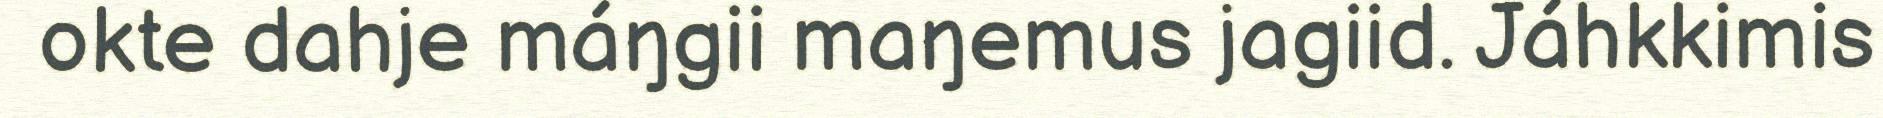
okte dahje máŋgii maŋemus jagiid. Jáhkkimis